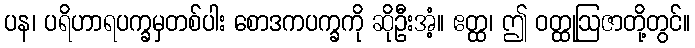
ပန၊ ပရိဟာရပက္ခမှတစ်ပါး စောဒကပက္ခကို ဆိုဦးအံ့။ ဧတ္ထ၊ ဤ ဝတ္ထုဩဇာတို့တွင်။